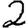
Digit: 2